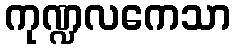
ကုဏ္ဍလကေသာ